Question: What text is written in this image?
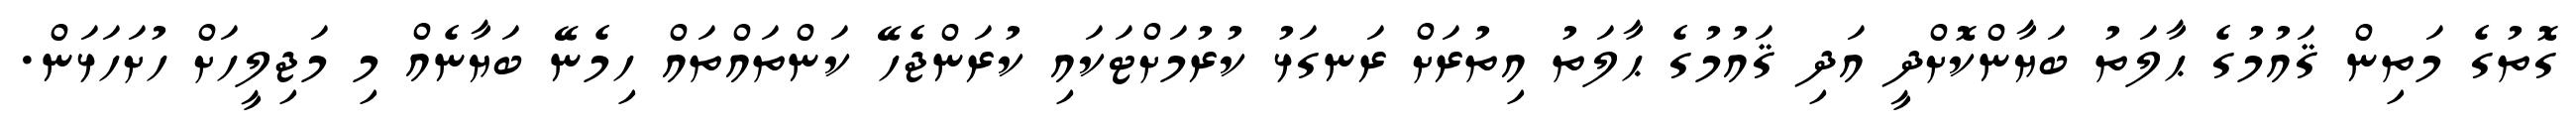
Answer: ގޮތުގެ މަތިން ޤައުމުގެ ޙާލަތު ބަޔާންކޮށްދީ އަދި ޤައުމުގެ ޙާލަތު އިތުރަށް ރަނގަޅު ކުރުމަށްޓަކައި ކުރަންޖެހޭ ކަންތައްތައް ހިމެނޭ ބަޔާނެއް މި މަޖިލީހަށް ހުށަހަޅަން.